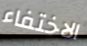
الاختفاء